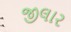
જીલાર